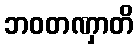
ဘဝတဏှာတိ